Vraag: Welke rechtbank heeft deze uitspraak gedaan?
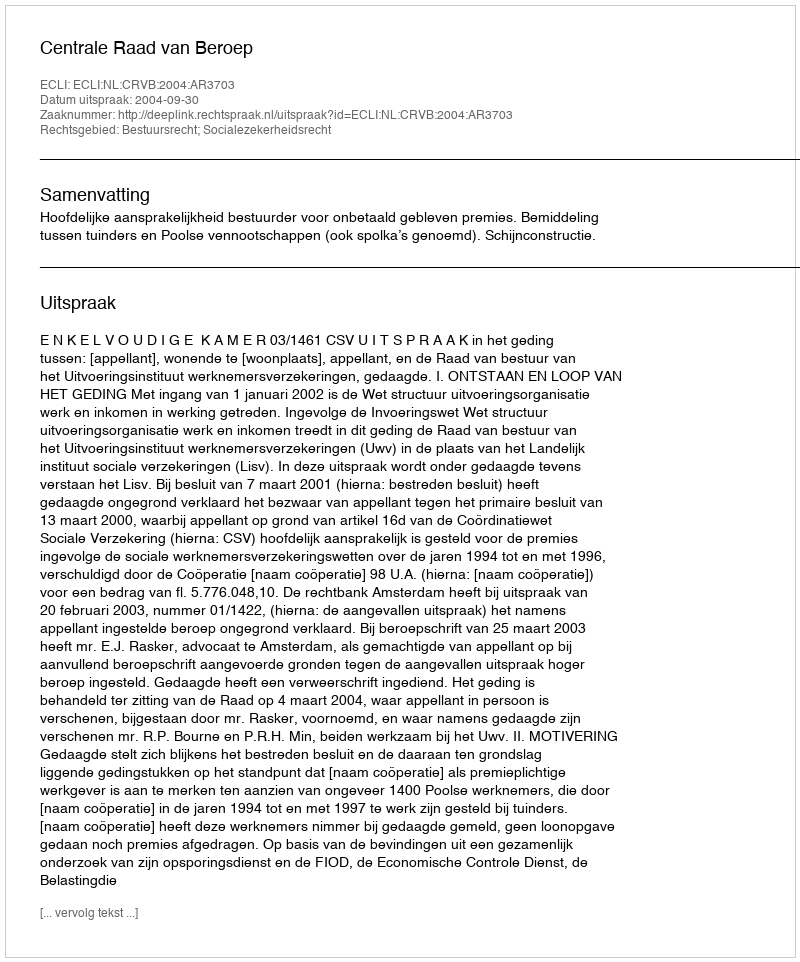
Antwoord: Centrale Raad van Beroep